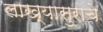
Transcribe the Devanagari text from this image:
लाख्यासुराचे